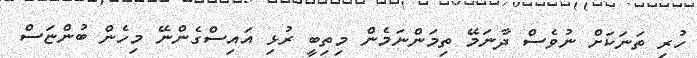
ހުރި ތަނަކަށް ނުވެސް ދާނަމޭ ތިމަންނަމެން މިތިބީ ރުޅި އައިސްގެންނޭ މިހެން ބުންޏަސް